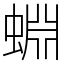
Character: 蜵